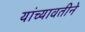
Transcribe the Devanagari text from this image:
यांच्यावतीने